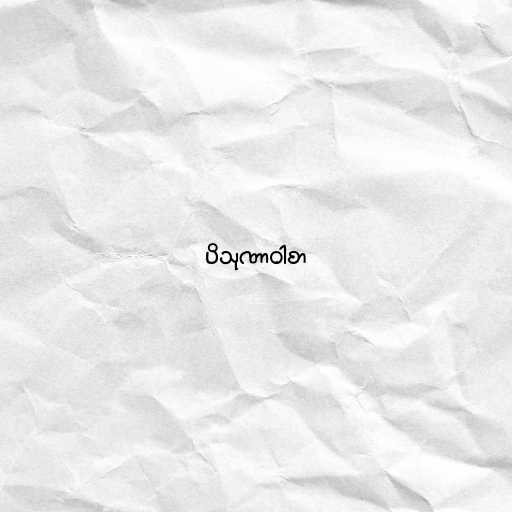
ပိသုဏာဝါစာ